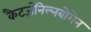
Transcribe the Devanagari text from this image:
कैटज़ेनिल्नबोगेन